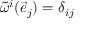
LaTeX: { \tilde { \omega } } ^ { i } ( { \vec { e } } _ { j } ) = \delta _ { i j }